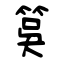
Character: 筽